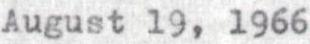
August 19, 1966